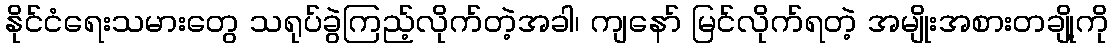
နိုင်ငံရေးသမားတွေ သရုပ်ခွဲကြည့်လိုက်တဲ့အခါ၊ ကျနော် မြင်လိုက်ရတဲ့ အမျိုးအစားတချို့ကို